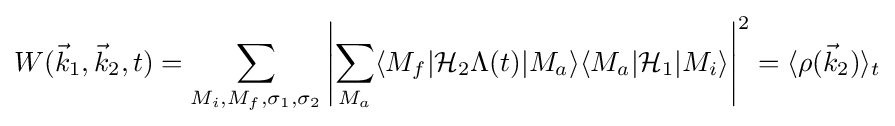
W({\vec {k}}_{1},{\vec {k}}_{2},t)=\sum _{M_{i},M_{f},\sigma _{1},\sigma _{2}}\left|\sum _{M_{a}}\langle M_{f}|{\mathcal {H}}_{2}\Lambda (t)|M_{a}\rangle \langle M_{a}|{\mathcal {H}}_{1}|M_{i}\rangle \right|^{2}=\langle \rho ({\vec {k}}_{2})\rangle _{t}